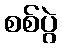
စစ်ပွဲ